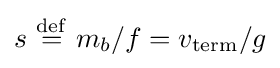
s\ {\stackrel {\mathrm {def} }{=}}\ m_{b}/f=v_{\text{term}}/g